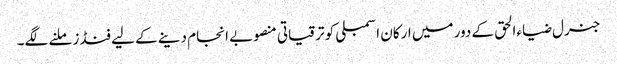
جنرل ضیاءالحق کے دور میں ارکان اسمبلی کو ترقیاتی منصوبے انجام دینے کے لیے فنڈز ملنے لگے۔